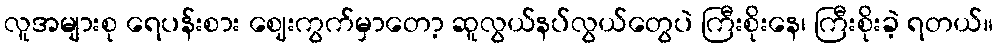
လူအများစု ရေပန်းစား ဈေးကွက်မှာတော့ ဆူလွယ်နပ်လွယ်တွေပဲ ကြီးစိုးနေ၊ ကြီးစိုးခဲ့ ရတယ်။